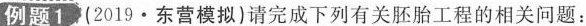
例题1 (2019 · 东营模拟)请完成下列有关胚胎工程的相关问题：